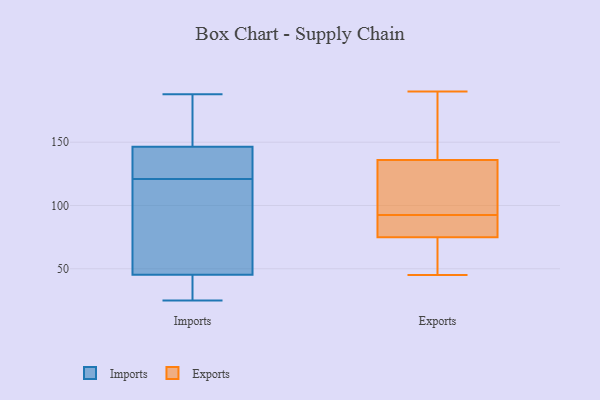
{"axis": {"x": "Market Share (%)", "y": "Value"}, "legend": ["Exports", "Imports"], "data": [{"x": "", "y": 25, "type": "Imports"}, {"x": "", "y": 178, "type": "Imports"}, {"x": "", "y": 121, "type": "Imports"}, {"x": "", "y": 188, "type": "Imports"}, {"x": "", "y": 126, "type": "Imports"}, {"x": "", "y": 31, "type": "Imports"}, {"x": "", "y": 147, "type": "Imports"}, {"x": "", "y": 121, "type": "Imports"}, {"x": "", "y": 145, "type": "Imports"}, {"x": "", "y": 79, "type": "Imports"}, {"x": "", "y": 34, "type": "Imports"}, {"x": "", "y": 190, "type": "Exports"}, {"x": "", "y": 46, "type": "Exports"}, {"x": "", "y": 104, "type": "Exports"}, {"x": "", "y": 143, "type": "Exports"}, {"x": "", "y": 45, "type": "Exports"}, {"x": "", "y": 170, "type": "Exports"}, {"x": "", "y": 76, "type": "Exports"}, {"x": "", "y": 78, "type": "Exports"}, {"x": "", "y": 90, "type": "Exports"}, {"x": "", "y": 173, "type": "Exports"}, {"x": "", "y": 120, "type": "Exports"}, {"x": "", "y": 74, "type": "Exports"}, {"x": "", "y": 73, "type": "Exports"}, {"x": "", "y": 90, "type": "Exports"}, {"x": "", "y": 129, "type": "Exports"}, {"x": "", "y": 64, "type": "Exports"}, {"x": "", "y": 117, "type": "Exports"}, {"x": "", "y": 87, "type": "Exports"}, {"x": "", "y": 189, "type": "Exports"}, {"x": "", "y": 95, "type": "Exports"}]}